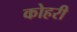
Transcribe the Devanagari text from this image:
कोहरी